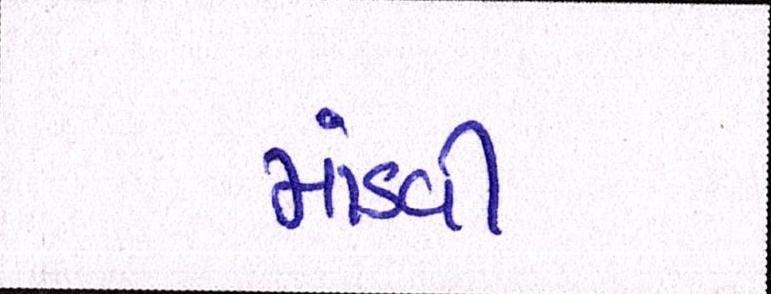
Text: માંડવી